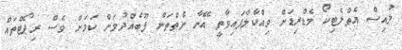
ލުއިސް އެތްލެޓިކޯ މެޑްރިޑަށް ވިއްކާލާފައިވާތީ އޭނާ ނެތްތަން ފޫބެއްދުމަށް ކަމަށް ވެސް ރިޕޯޓްތައް